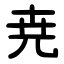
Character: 尭